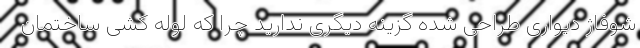
شوفاژ دیواری طراحی شده گزینه دیگری ندارید چرا که لوله کشی ساختمان